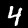
Digit: 4